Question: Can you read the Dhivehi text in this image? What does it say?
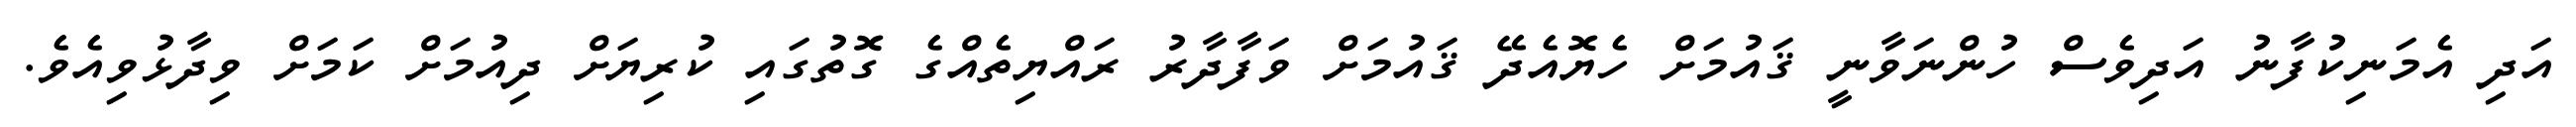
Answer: އަދި އެމަނިކުފާނު އަދިވެސް ހުންނަވާނީ ޤައުމަށް ހެޔޮއެދޭ ޤައުމަށް ވަފާދާރު ރައްޔިތެއްގެ ގޮތުގައި ކުރިޔަށް ދިއުމަށް ކަމަށް ވިދާޅުވިއެވެ.